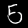
Digit: 5